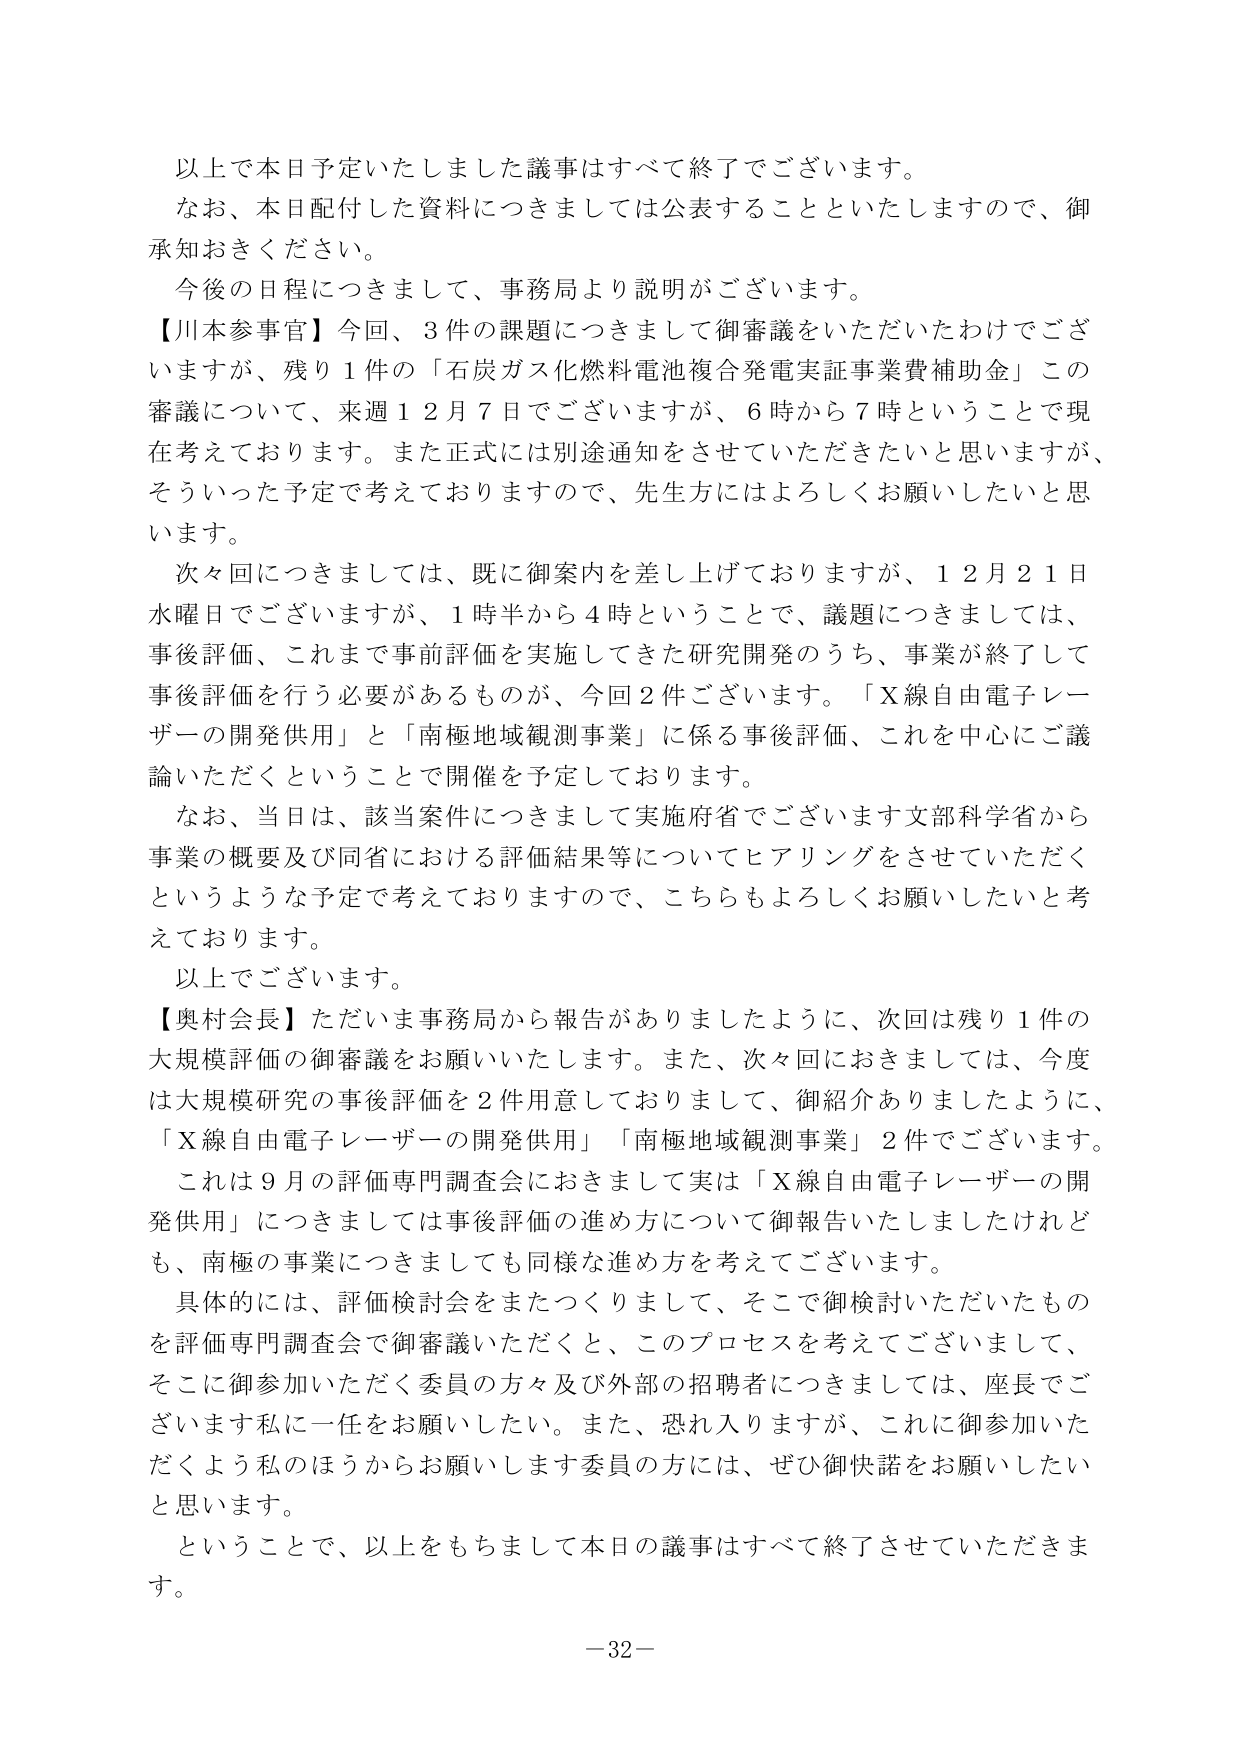
以上で本日予定いたしました議事はすべて終了でございます。
なお、本日配付した資料につきましては公表することといたしますので、御承知おきください。
今後の日程につきまして、事務局より説明がございます。
【川本参事官】今回、3件の課題につきまして御審議をいただいたわけでございますが、残り1件の「石炭ガス化燃料電池複合発電実証事業費補助金」この審議について、来週12月7日でございますが、6時から7時ということで現在考えております。また正式には別途通知をさせていただきたいと思いますが、そういった予定で考えておりますので、先生方にはよろしくお願いしたいと思います。
次々回につきましては、既に御案内を差し上げておりますが、12月21日水曜日でございますが、1時半から4時ということで、議題につきましては、事後評価、これまで事前評価を実施してきた研究開発のうち、事業が終了して事後評価を行う必要があるものが、今回2件ございます。「X線自由電子レーザーの開発供用」と「南極地域観測事業」に係る事後評価、これを中心にご議論いただくということで開催を予定しております。
なお、当日は、該当案件につきまして実施府省でございます文部科学省から事業の概要及び同省における評価結果等についてヒアリングをさせていただくというような予定で考えておりますので、こちらもよろしくお願いしたいと考えております。
以上でございます。
【奥村会長】ただいま事務局から報告がありましたように、次回は残り1件の大規模評価の御審議をお願いいたします。また、次々回におきましては、今度は大規模研究の事後評価を2件用意しておりまして、御紹介ありましたように、「X線自由電子レーザーの開発供用」「南極地域観測事業」2件でございます。
これは9月の評価専門調査会におきまして実は「X線自由電子レーザーの開発供用」につきましては事後評価の進め方について御報告いたしましたけれども、南極の事業につきましても同様な進め方を考えてございます。
具体的には、評価検討会をまたつくりまして、そこで御検討いただいたものを評価専門調査会で御審議いただくと、このプロセスを考えてございまして、そこに御参加いただく委員の方々及び外部の招聘者につきましては、座長でございます私に一任をお願いしたい。また、恐れ入りますが、これに御参加いただくよう私のほうからお願いします委員の方には、ぜひ御快諾をお願いしたいと思います。
ということで、以上をもちまして本日の議事はすべて終了させていただきます。
－32－